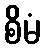
စိမံ